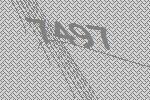
7497